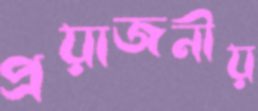
প্রয়াজনীয়